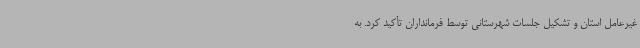
غیرعامل استان و تشکیل جلسات شهرستانی توسط فرمانداران تأکید کرد. به